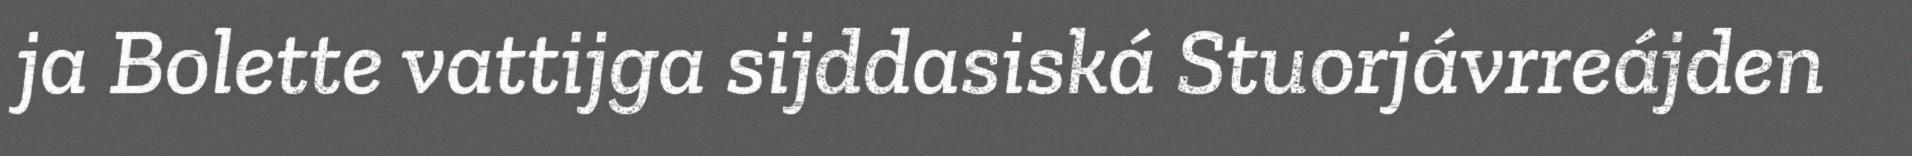
ja Bolette vattijga sijddasiská Stuorjávrreájden